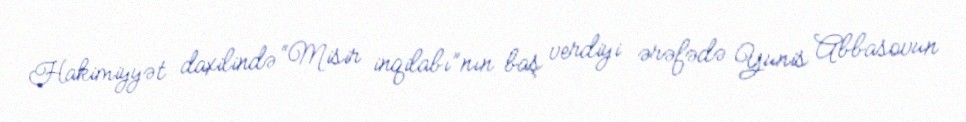
Hakimiyyət daxilində “Misir inqilabı”nın baş verdiyi ərəfədə Yunis Abbasovun